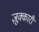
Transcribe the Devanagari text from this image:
ज़ूक्कारी